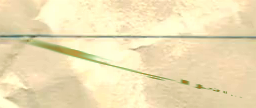
مقهى الغرب